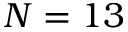
N = 1 3